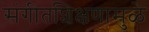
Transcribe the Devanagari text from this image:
संगीतशिक्षणामुळे